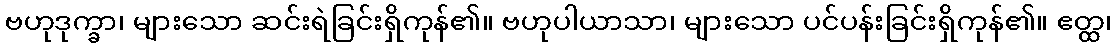
ဗဟုဒုက္ခာ၊ များသော ဆင်းရဲခြင်းရှိကုန်၏။ ဗဟုပါယာသာ၊ များသော ပင်ပန်းခြင်းရှိကုန်၏။ ဧတ္ထ၊